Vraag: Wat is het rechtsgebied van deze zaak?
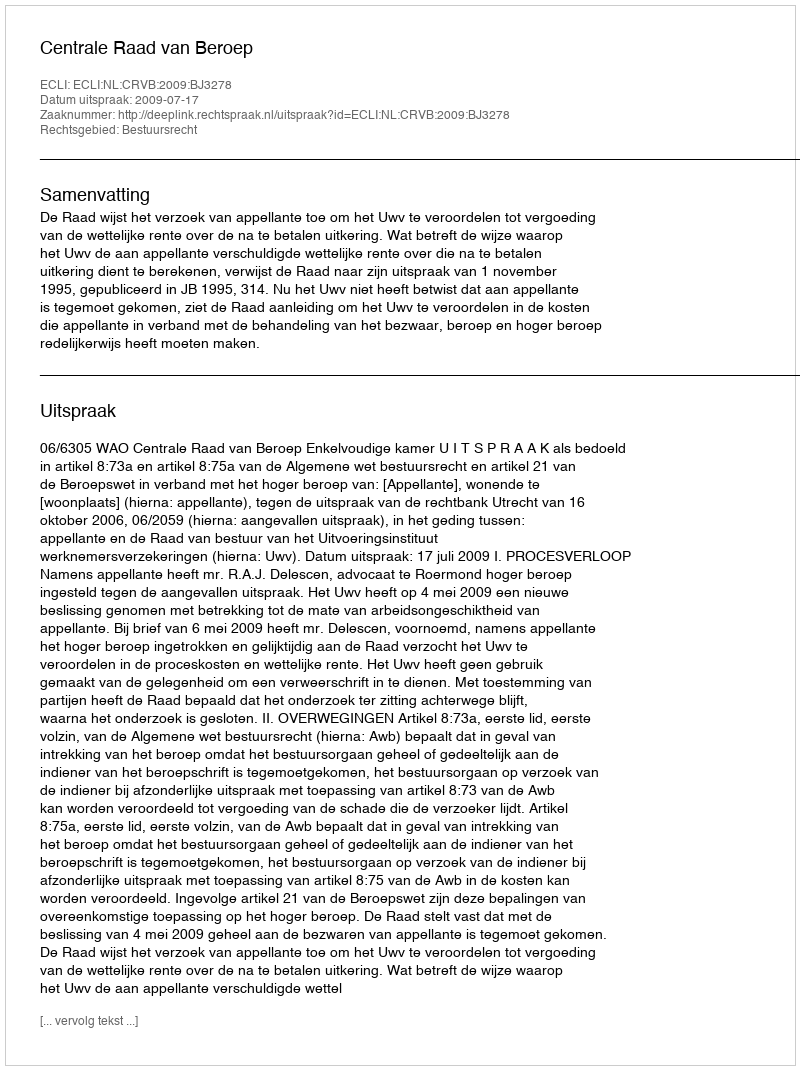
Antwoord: Bestuursrecht